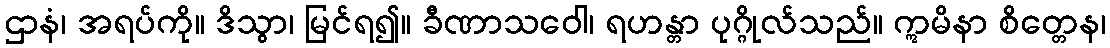
ဌာနံ၊ အရပ်ကို။ ဒိသွာ၊ မြင်ရ၍။ ခီဏာသဝေါ၊ ရဟန္တာ ပုဂ္ဂိုလ်သည်။ ဣမိနာ စိတ္တေန၊